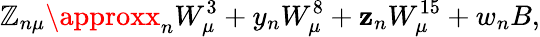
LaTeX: \mathbb{Z}_{n\mu}\approxx_{n}W_{\mu}^{3}+y_{n}W_{\mu}^{8}+\mathbf{z}_{n}W_{\mu}^{15}+w_{n}B,